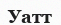
Уатт